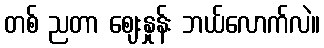
တစ် ညတာ ဈေးနှုန်း ဘယ်လောက်လဲ။